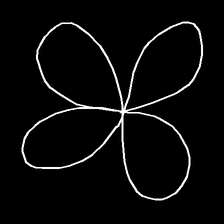
Glyph: billowing